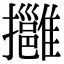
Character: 𢹬